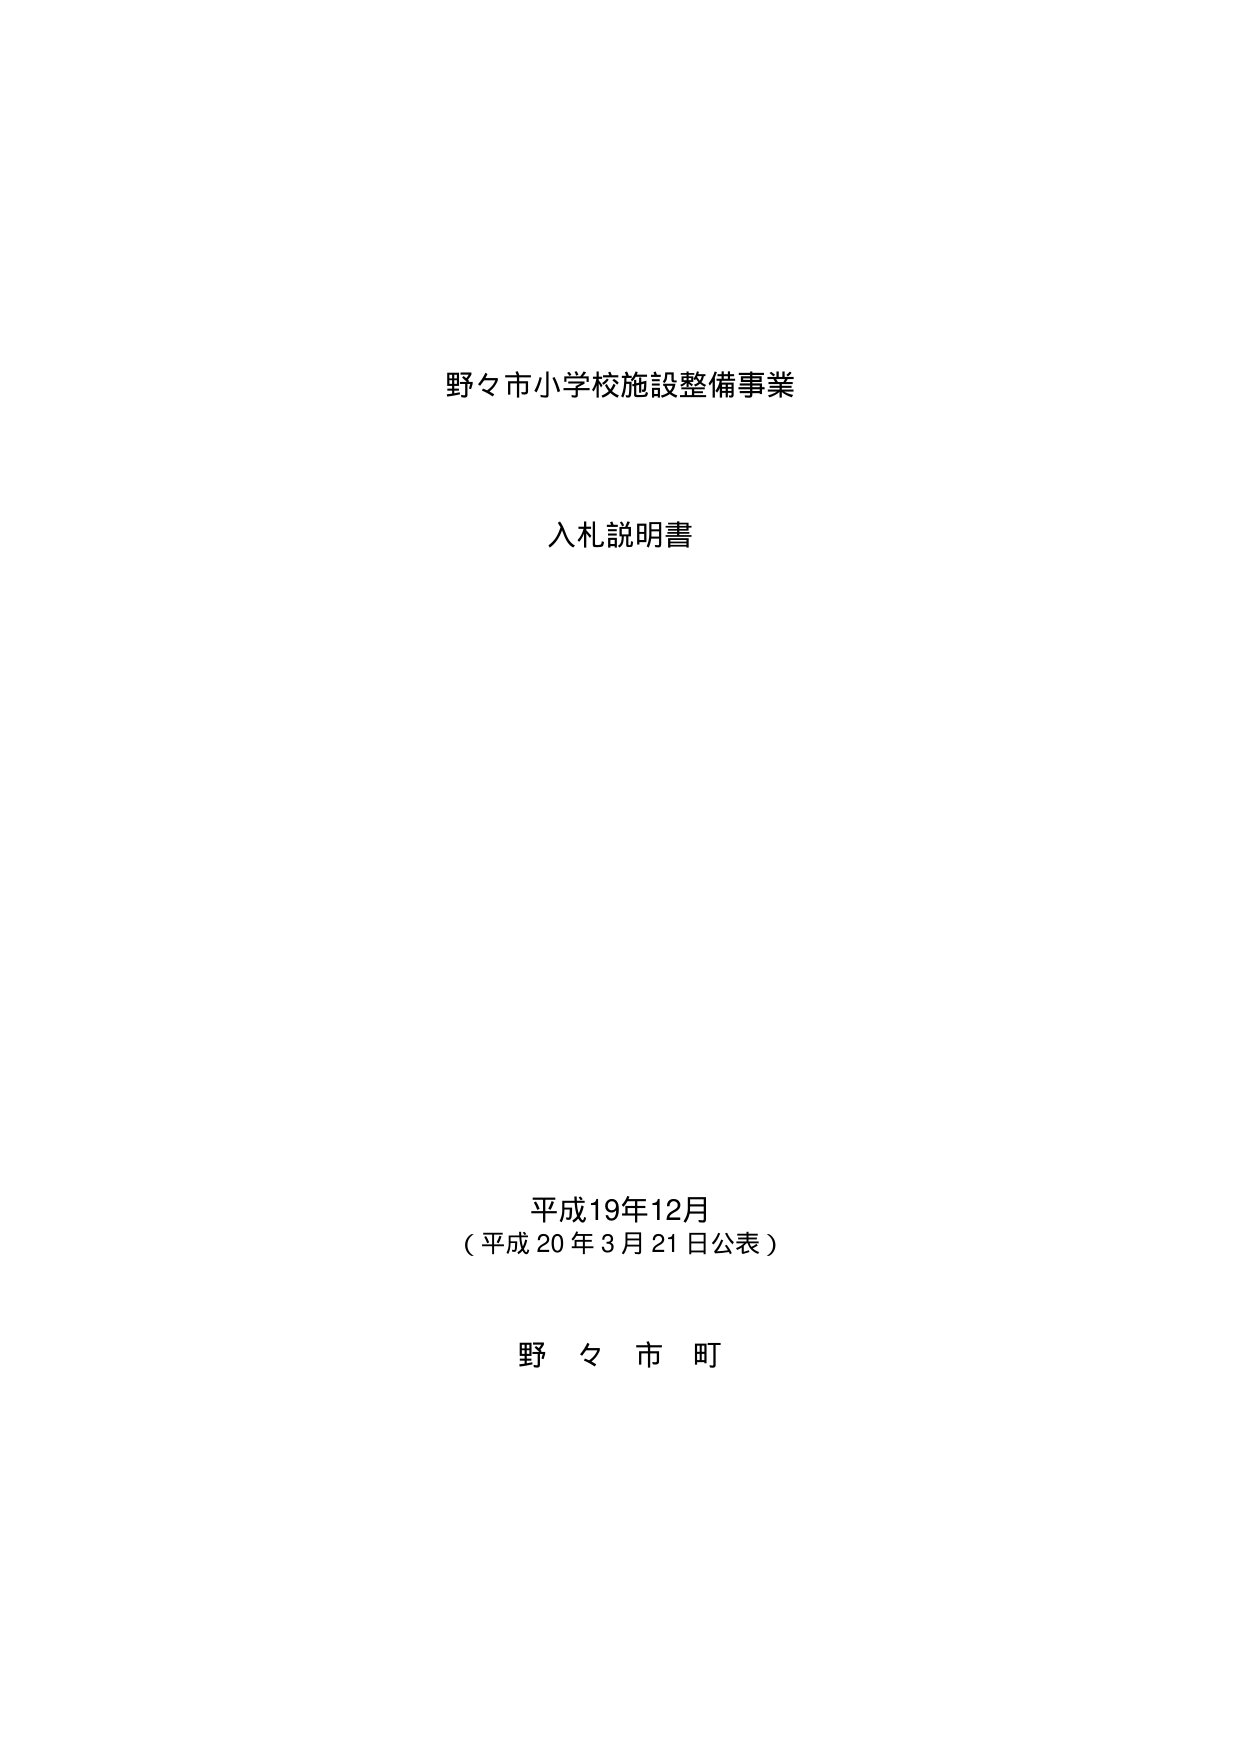
野々市小学校施設整備事業

入札説明書

平成19年12月
（平成20年3月21日公表）

野々市町